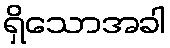
ရှိသောအခါ